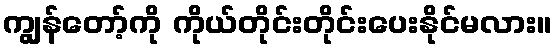
ကျွန်တော့်ကို ကိုယ်တိုင်းတိုင်းပေးနိုင်မလား။